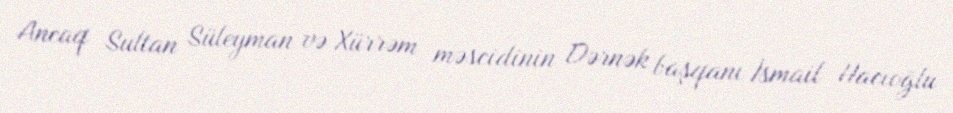
Ancaq Sultan Süleyman və Xürrəm məscidinin Dərnək başqanı İsmail Hacıoğlu